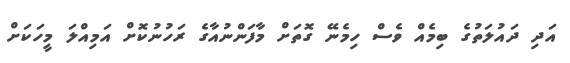
އަދި ދައުލަތުގެ ބިމެއް ވެސް ހިމެނޭ ގޮތަށް މާފަންނުއާގެ ރަހުނުކޮށް އަމިއްލަ މީހަކަށް